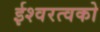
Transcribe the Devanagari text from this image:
ईश्वरत्वको